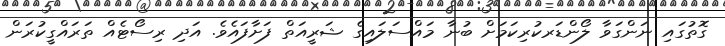
ގޮތުގައި ނަންގަވާ ލޯންޑަރކުރިކަމަށް ބުނާ މައްސަލައިގެ ޝަރީއަތް ފަށާފައެވެ. އަދި ރިސޯޓެއް ތަރައްގީކުރަން